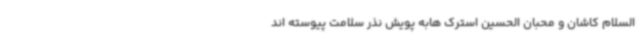
السلام کاشان و محبان الحسین استرک ‌هابه پویش نذر سلامت پیوسته اند